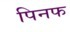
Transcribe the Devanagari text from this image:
पिनफ